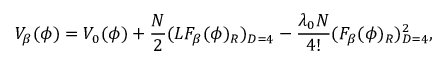
V _ { \beta } ( \phi ) = V _ { 0 } ( \phi ) + \frac { N } { 2 } ( L F _ { \beta } ( \phi ) _ { R } ) _ { D = 4 } - \frac { \lambda _ { 0 } N } { 4 ! } ( F _ { \beta } ( \phi ) _ { R } ) _ { D = 4 } ^ { 2 } ,